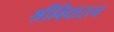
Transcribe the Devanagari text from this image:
श्रीविद्यारत्न